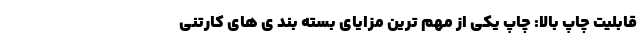
قابلیت چاپ بالا: چاپ یکی از مهم ترین مزایای بسته بند ی های کارتنی